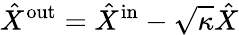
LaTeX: \hat{X}^{\mathrm{out}}=\hat{X}^{\mathrm{in}}-\sqrt{\kappa}\hat{X}